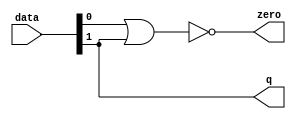
module  acl_fp_log_altpriority_encoder_3e8
	( 
	data,
	q,
	zero) ;
	input   [1:0]  data;
	output   [0:0]  q;
	output   zero;
	assign
		q = {data[1]},
		zero = (~ (data[0] | data[1]));
endmodule